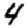
Digit: 4